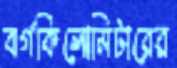
বর্গকিলোমিটারের